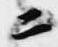
ニ